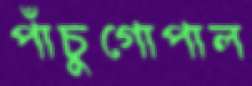
পাঁচুগোপাল